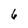
Character: 6